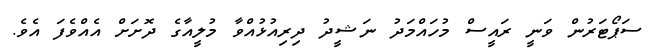
ސަޕޯޓަރުން ވަނީ ރައީސް މުހައްމަދު ނަޝީދު ދިރިއުޅުއްވާ މުލީއާގެ ދޮށަށް އެއްވެފަ އެވެ.